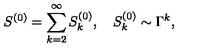
S ^ { ( 0 ) } = \sum _ { k = 2 } ^ { \infty } S _ { k } ^ { ( 0 ) } , \quad S _ { k } ^ { ( 0 ) } \sim \Gamma ^ { k } ,